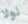
لولا